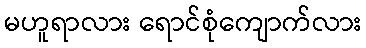
မဟူရာလား ရောင်စုံကျောက်လား